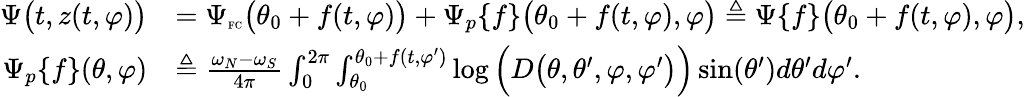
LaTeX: \begin{array}{rl}{\Psi\big(t,z(t,\varphi)\big)}&{=\Psi_{\textnormal{\tiny{FC}}}\big(\theta_{0}+f(t,\varphi)\big)+\Psi_{p}\{ f\} \big(\theta_{0}+f(t,\varphi),\varphi\big)\triangleq\Psi\{ f\} \big(\theta_{0}+f(t,\varphi),\varphi\big),}\\ {\Psi_{p}\{ f\} (\theta,\varphi)}&{\triangleq\frac{\omega_{N}-\omega_{S}}{4\pi}\int_{0}^{2\pi}\int_{\theta_{0}}^{\theta_{0}+f(t,\varphi^{\prime})}\log\Big(D\big(\theta,\theta^{\prime},\varphi,\varphi^{\prime}\big)\Big)\sin(\theta^{\prime})d\theta^{\prime}d\varphi^{\prime}.}\end{array}